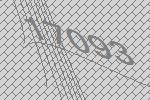
17093